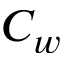
C _ { w }